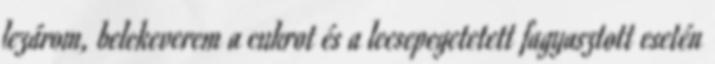
lezárom, belekeverem a cukrot és a lecsepegetetett fagyasztott esetén